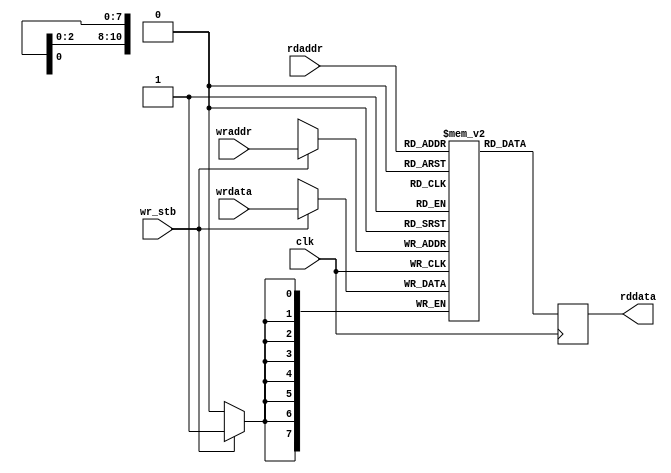
module mem1536(
	input  wire        clk,
	input  wire [10:0] wraddr,
	input  wire [ 7:0] wrdata,
	input  wire        wr_stb,
	input  wire [10:0] rdaddr,
	output reg  [ 7:0] rddata
);
	reg [7:0] mem [0:1535];
	always @(posedge clk)
	begin
		if( wr_stb )
		begin
			mem[wraddr] <= wrdata;
		end
		rddata <= mem[rdaddr];
	end
endmodule